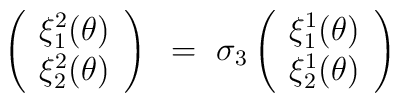
\left(\begin{array}{c}\xi_1^2(\theta)\\\xi_2^2(\theta)\\\end{array}\right)~=~\sigma_3\left(\begin{array}{c}\xi_1^1(\theta)\\\xi_2^1(\theta)\\\end{array}\right)